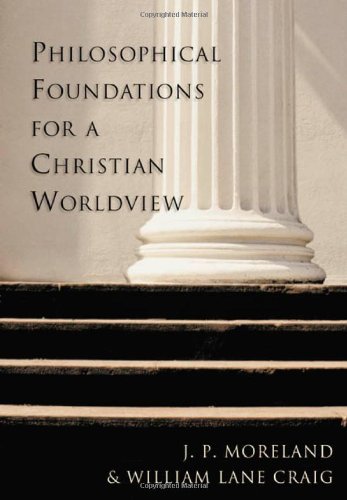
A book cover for Philosophical Foundations for a Christian Worldview; J. P. Moreland; Religion & Spirituality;